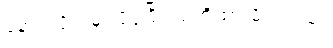
နောက်ပိုင်းမှာ ပိုပိုပြီး သတိထားမိပါတယ်။